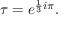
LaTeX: \tau = e ^ { { \frac { 1 } { 3 } } i \pi } .